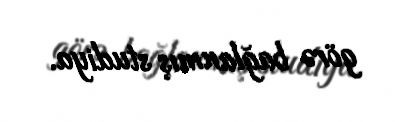
görə bağlanmış studiya.